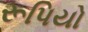
રૂપિયો